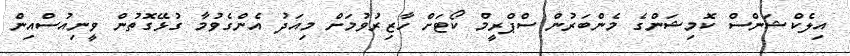
އިލެކްޝަންސް ކޮމިޝަންގެ މެންބަރުން ސްޕްރީމް ކޯޓަށް ހާޒިރުވުމަށް މިއަދު އެންގެވުމާ ގުޅޭގޮތުން ވީނިއުސްއިން